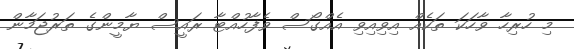
މި ހުރިހާ ވާހަކަ ތަކެއް އިވިއިވި އެއްގޯސް ވެފާހުއްޓާ ރައީސް ޔާމީންގެ ތަރުޖަމާން